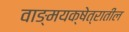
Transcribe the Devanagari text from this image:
वाङ्मयक्षेत्रातील